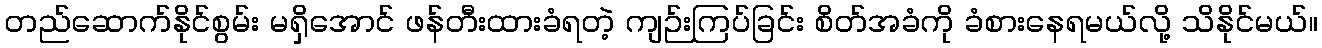
တည်ဆောက်နိုင်စွမ်း မရှိအောင် ဖန်တီးထားခံရတဲ့ ကျဉ်းကြပ်ခြင်း စိတ်အခံကို ခံစားနေရမယ်လို့ သိနိုင်မယ်။